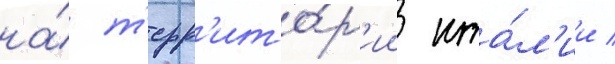
на́ т'ерр'ито́р'ии ита́л'ии /